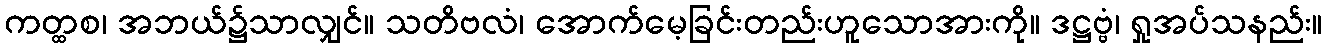
ကတ္ထစ၊ အဘယ်၌သာလျှင်။ သတိဗလံ၊ အောက်မေ့ခြင်းတည်းဟူသောအားကို။ ဒဋ္ဌဗ္ဗံ၊ ရှုအပ်သနည်း။